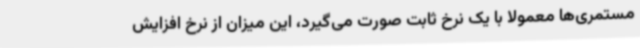
مستمری‌ها معمولا با یک نرخ ثابت صورت می‌گیرد، این میزان از نرخ افزایش